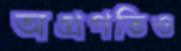
অগ্রগতিও